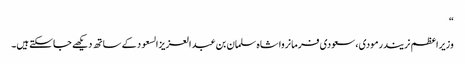
“
وزیراعظم نریندرمودی، سعودی فرمانروا شاہ سلمان بن عبد العزیزالسعود کے ساتھ دیکھے جاسکتے ہیں۔